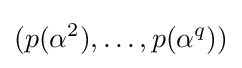
(p(\alpha ^{2}),\dots ,p(\alpha ^{q}))